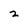
Character: z